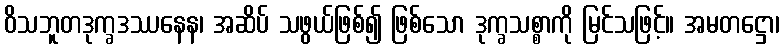
ဝိသဘူတဒုက္ခဒဿနေန၊ အဆိပ် သဖွယ်ဖြစ်၍ ဖြစ်သော ဒုက္ခသစ္စာကို မြင်သဖြင့်။ အမတဋ္ဌော၊